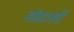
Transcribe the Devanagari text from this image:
संडासी